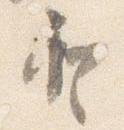
登